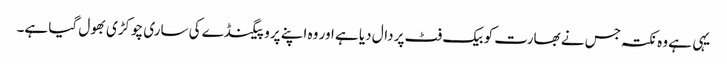
یہی ہے وہ نکتہ جس نے بھارت کو بیک فٹ پر دال دیا ہے اور وہ اپنے پروپیگنڈے کی ساری چوکڑی بھول گیا ہے۔